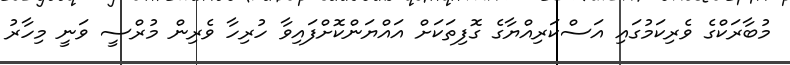
މުބާރަކްގެ ވެރިކަމުގައި އަސްކަރިއްޔާގެ ގޮފިތަކަށް އައްޔަންކޮށްފައިވާ ހުރިހާ ވެރިން މުރްސީ ވަނީ މިހާރު